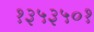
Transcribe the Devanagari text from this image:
१३५३५०१